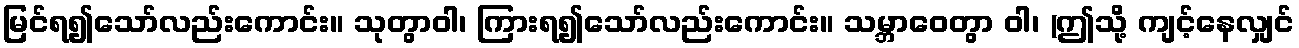
မြင်ရ၍သော်လည်းကောင်း။ သုတွာဝါ၊ ကြားရ၍သော်လည်းကောင်း။ သမ္ဘာဝေတွာ ဝါ၊ (ဤသို့ ကျင့်နေလျှင်